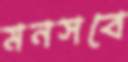
মনসবে